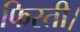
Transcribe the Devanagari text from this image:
फिरती।